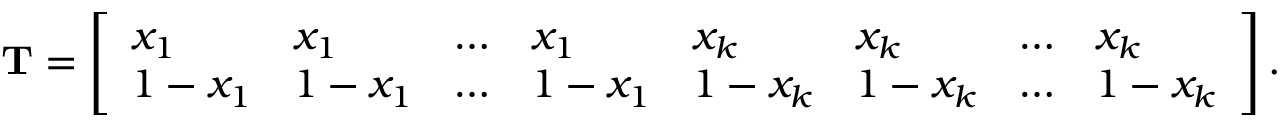
\begin{array} { r } { \mathbf { T } = \left[ \begin{array} { l l l l l l l l } { x _ { 1 } } & { x _ { 1 } } & { \dots } & { x _ { 1 } } & { x _ { k } } & { x _ { k } } & { \dots } & { x _ { k } } \\ { 1 - x _ { 1 } } & { 1 - x _ { 1 } } & { \dots } & { 1 - x _ { 1 } } & { 1 - x _ { k } } & { 1 - x _ { k } } & { \dots } & { 1 - x _ { k } } \end{array} \right] . } \end{array}